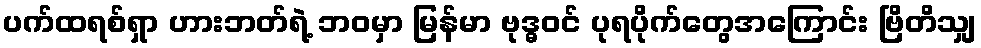
ပက်ထရစ်ရှာ ဟားဘတ်ရဲ့ ဘဝမှာ မြန်မာ ဗုဒ္ဓဝင် ပုရပိုက်တွေအကြောင်း ဗြိတိသျှ